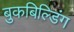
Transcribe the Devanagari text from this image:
बुकबिल्डिंग